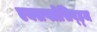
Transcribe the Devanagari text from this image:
एक्सप्लोसिव्ह्ज